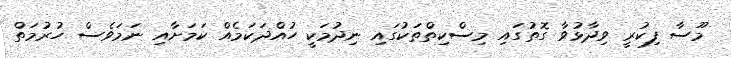
މޫސާ ފިކުރީ ވިދާޅުވާ ގޮތުގައި މިސްކިތްތަކުގައި ނިދުމަކީ ހުއްދަކަމެއް ކަމަށާއި ނަމަވެސް ހުރުމަތް